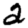
Digit: 2